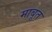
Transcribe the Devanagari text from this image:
माबूत